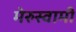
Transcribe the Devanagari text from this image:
मेरुस्वामी